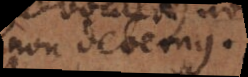
non debemus.